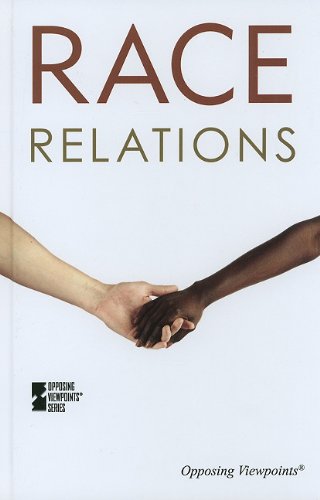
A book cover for Race Relations (Opposing Viewpoints); Karen Miller; Teen & Young Adult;